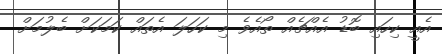
އެއީ ކިހައި ބޮޑު އެއްޗެއް ތޯއެވެ މި ކަހަލަ އެތައް ކަމަކަށް ބެލުމަށް